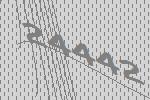
24442